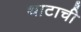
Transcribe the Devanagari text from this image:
थाटाची